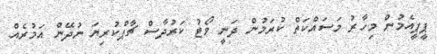
ޕީޕީއެމުން މިހާރު މަސައްކަތް ކުރަމުން ދަނީ ވޯޓު ކަރުދާސް ޗާޕްކުރިޔަ ނުދޭން އަމުރެއް